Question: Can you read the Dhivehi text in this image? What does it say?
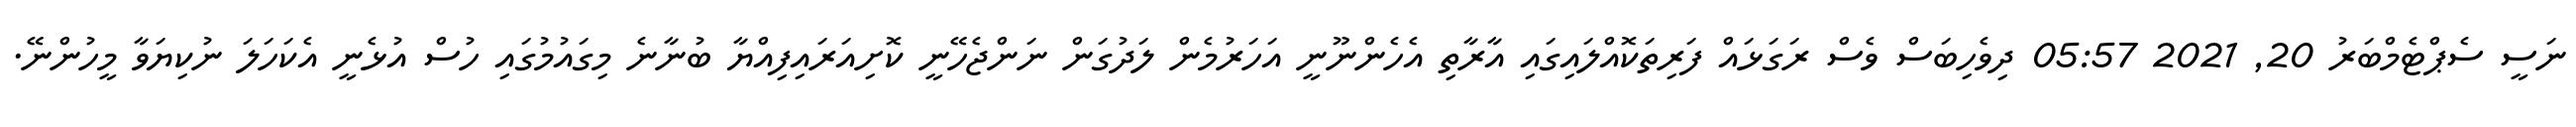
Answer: ނަސީ ސެޕްޓެމްބަރު 20, 2021 05:57 ދިވެހިބަސް ވެސް ރަގަޅައް ފަރިތަކޮއްލައިގައި އާރާތި އެހެންނޫނީ އަހަރުމެން ލަދުގަން ނަންޖެހޭނީ ކޮށިއަރައިފިއްޔާ ބުނާނެ މިގައުމުގައި ހުސް އުޅެނީ އެކަހަލަ ނުކިޔަވާ މީހުންނޭ.